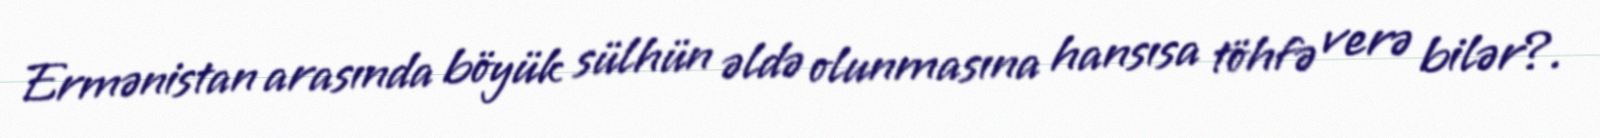
Ermənistan arasında böyük sülhün əldə olunmasına hansısa töhfə verə bilər?.